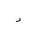
Letter: _dal